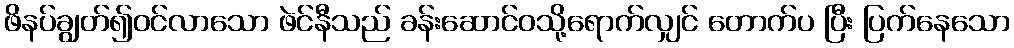
ဖိနပ်ချွတ်၍ဝင်လာသော ဖဲင်နီသည် ခန်းဆောင်ဝသို့ရောက်လျှင် တောက်ပ ပြီး ပြက်နေသော